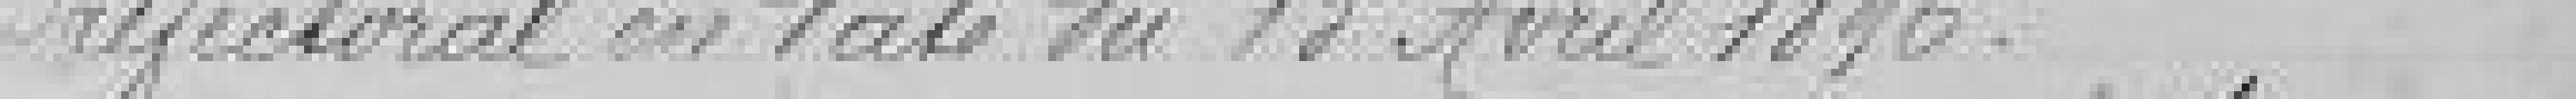
électoral en date du 13 avril 1896.